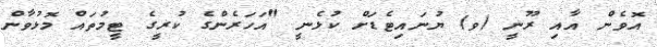
އޮވެން އާއި ރޫނީ (ވ) ޔުނައިޓެޑަށް ކުޅެނީ "އަހަރެންގެ ކުރީގެ ޓީމުތައް މޮޅުވާން